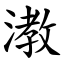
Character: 漖